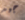
جيد